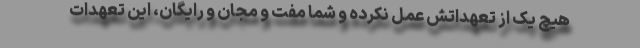
هیچ یک از تعهداتش عمل نکرده و شما مفت و مجان و رایگان، این تعهدات